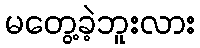
မတွေ့ခဲ့ဘူးလား